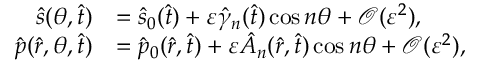
\begin{array} { r l } { \hat { s } ( \theta , \hat { t } ) } & { = \hat { s } _ { 0 } ( \hat { t } ) + \varepsilon \hat { \gamma } _ { n } ( \hat { t } ) \cos n \theta + \mathcal { O } ( \varepsilon ^ { 2 } ) , } \\ { \hat { p } ( \hat { r } , \theta , \hat { t } ) } & { = \hat { p } _ { 0 } ( \hat { r } , \hat { t } ) + \varepsilon \hat { A } _ { n } ( \hat { r } , \hat { t } ) \cos n \theta + \mathcal { O } ( \varepsilon ^ { 2 } ) , } \end{array}